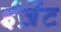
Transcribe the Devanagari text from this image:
ईज़ेंट